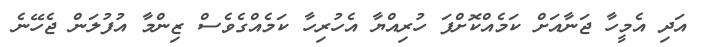
އަދި އެމީހާ ޖަނާއަށް ކަމެއްކޮށްފަ ހުރިއްޔާ އެހުރިހާ ކަމެއްގެވެސް ޒިންމާ އުފުލަން ޖެހޭނެ